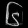
Digit: ၆